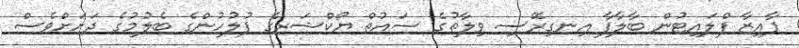
ފާއިޒާ ފްލައިޓުން ބާލާފާ އިނގިރޭސި ވިލާތުގެ ސައުތް ޔޯކްޝަރގެ ފުލުހުންގެ ބެލުމުގެ ދަށަށްވެސް